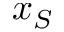
x _ { S }